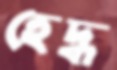
হেদ্ধ